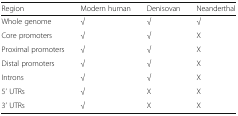
| Region | Modern human | Denisovan | Neanderthal |
 | --- | --- | --- | --- |
 | Whole genome | √ | √ | √ |
 | Core promoters | √ | √ | X |
 | Proximal promoters | √ | √ | X |
 | Distal promoters | √ | √ | X |
 | Introns | √ | √ | X |
 | 5’ UTRs | √ | X | X |
 | 3’ UTRs | √ | X | X |